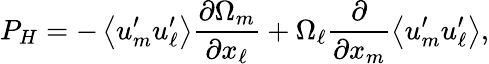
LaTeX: P_{H}=-\left\langle{u_{m}^{\prime}u_{\ell}^{\prime}}\right\rangle\frac{\partial\Omega_{m}}{\partial x_{\ell}}+\Omega_{\ell}\frac{\partial}{\partial x_{m}}\left\langle{u_{m}^{\prime}u_{\ell}^{\prime}}\right\rangle,